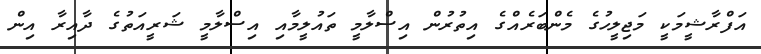
އަފްރާޝީމަކީ މަޖިލީހުގެ މެންބަރެއްގެ އިތުރުން އިސްލާމީ ތައުލީމާއި އިސްލާމީ ޝަރީއަތުގެ ދާއިރާ އިން